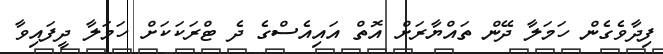
ފިދާވެގެން ހަމަލާ ދޭން ތައްޔާރަށް އޮތް އައިއެސްގެ ދެ ޓްރަކަކަށް ހަމަލާ ދީފައިވާ